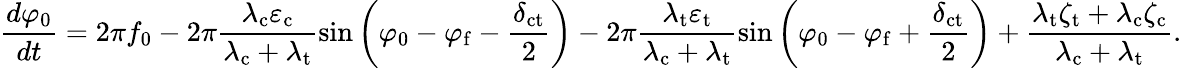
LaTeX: \frac{d\varphi_{0}}{dt}=2\pi f_{\mathrm{0}}-2\pi\frac{\lambda_{\mathrm{c}}\varepsilon_{\mathrm{c}}}{\lambda_{\mathrm{c}}+\lambda_{\mathrm{t}}}\sin\left(\varphi_{\mathrm{0}}-\varphi_{\mathrm{f}}-\frac{\delta_{\mathrm{ct}}}{2}\right)-2\pi\frac{\lambda_{\mathrm{t}}\varepsilon_{\mathrm{t}}}{\lambda_{\mathrm{c}}+\lambda_{\mathrm{t}}}\sin\left(\varphi_{\mathrm{0}}-\varphi_{\mathrm{f}}+\frac{\delta_{\mathrm{ct}}}{2}\right)+\frac{\lambda_{\mathrm{t}}\zeta_{\mathrm{t}}+\lambda_{\mathrm{c}}\zeta_{\mathrm{c}}}{\lambda_{\mathrm{c}}+\lambda_{\mathrm{t}}}.